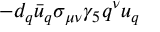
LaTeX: - d _ { q } \bar { u } _ { q } \sigma _ { \mu \nu } \gamma _ { 5 } q ^ { \nu } u _ { q }